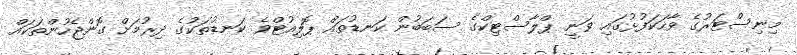
މިނިސްޓަރުގެ ވާހަކަފުޅުގައި ވަނީ ޕްލާސްޓިކްގެ ސަބަބުން ކަނޑުތައް ޕޮލިއުޓްވެ ކަނޑުތަކުގެ ދިރުމަށް ގޮންޖެހުންތަކައް